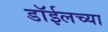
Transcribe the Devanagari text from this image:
डाॅईलच्या